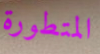
المتطورة